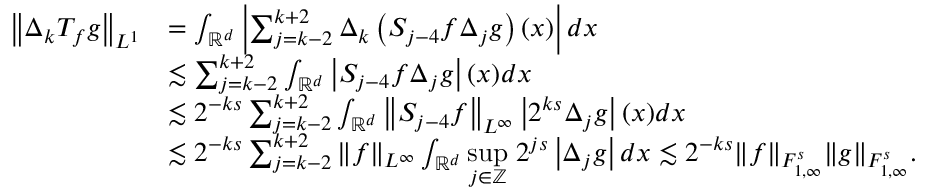
\begin{array} { r l } { \left\| \Delta _ { k } { T } _ { f } g \right\| _ { L ^ { 1 } } } & { = \int _ { \mathbb { R } ^ { d } } \left| \sum _ { j = k - 2 } ^ { k + 2 } { \Delta } _ { k } \left( { S } _ { j - 4 } f { \Delta } _ { j } g \right) ( x ) \right| d x } \\ & { \lesssim \sum _ { j = k - 2 } ^ { k + 2 } \int _ { \mathbb { R } ^ { d } } \left| { S } _ { j - 4 } f { \Delta } _ { j } g \right| ( x ) d x } \\ & { \lesssim 2 ^ { - k s } \sum _ { j = k - 2 } ^ { k + 2 } \int _ { \mathbb { R } ^ { d } } \left\| { S } _ { j - 4 } f \right\| _ { L ^ { \infty } } \left| 2 ^ { k s } { \Delta } _ { j } g \right| ( x ) d x } \\ & { \lesssim 2 ^ { - k s } \sum _ { j = k - 2 } ^ { k + 2 } \| f \| _ { L ^ { \infty } } \int _ { \mathbb { R } ^ { d } } \underset { j \in \mathbb { Z } } { \operatorname* { s u p } } \; 2 ^ { j s } \left| { \Delta } _ { j } g \right| d x \lesssim 2 ^ { - k s } \| f \| _ { { F } _ { 1 , \infty } ^ { s } } \| g \| _ { { F } _ { 1 , \infty } ^ { s } } . } \end{array}